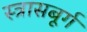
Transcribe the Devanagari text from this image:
स्त्रासबूर्ग